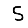
Digit: 5